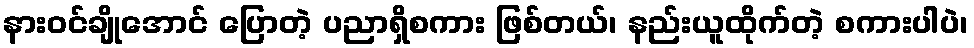
နားဝင်ချိုအောင် ပြောတဲ့ ပညာရှိစကား ဖြစ်တယ်၊ နည်းယူထိုက်တဲ့ စကားပါပဲ၊